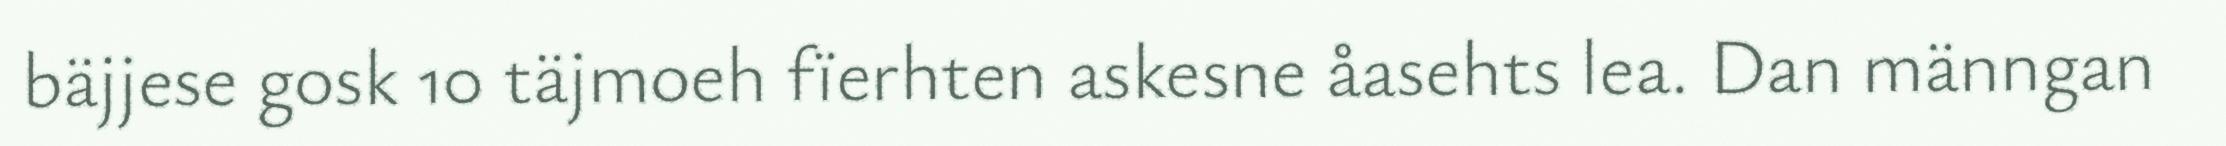
bäjjese gosk 10 täjmoeh fïerhten askesne åasehts lea. Dan männgan